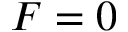
F = 0